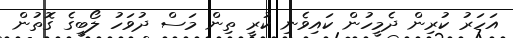
އަހަރު ކުރިން ދެމީހުން ކައިވެނި ކުރީ ތިން މަސް ދުވަހު ލޯބީގެ ގޮތުން